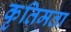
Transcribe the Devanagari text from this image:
कृतिमता